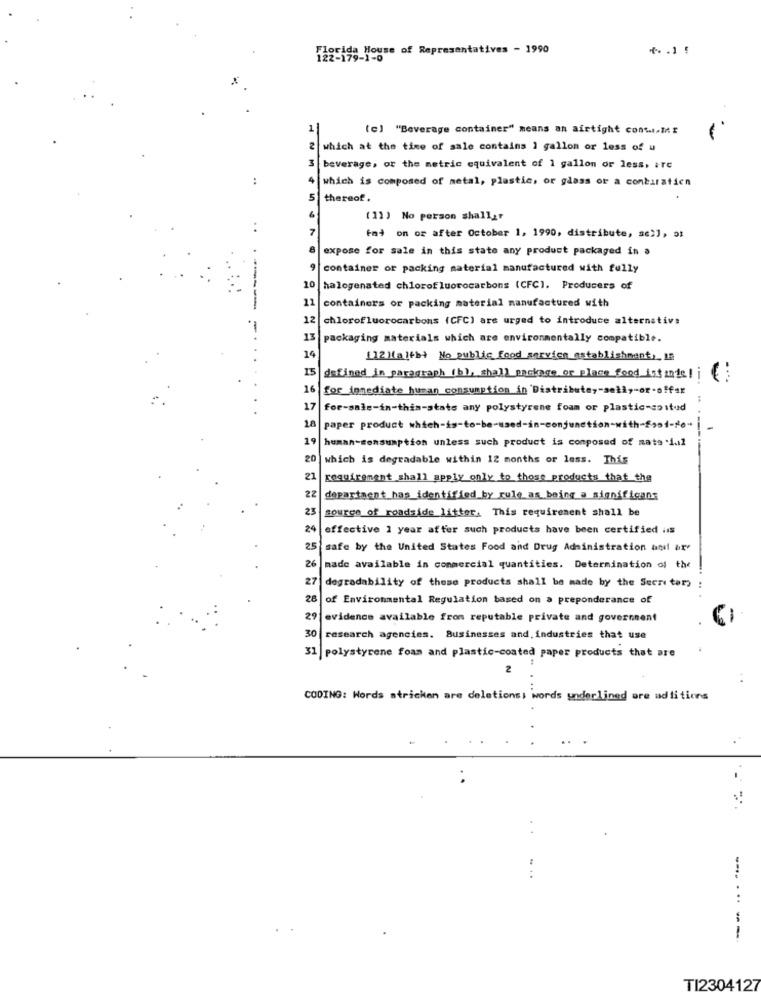
Tioside House of Representatives - 1990
(c) "Beverage container" means an airtight cont.ME
which at the time of sale contains 1 gallon or less of u
beverage, or the metric equivalent of 1 gallon or less, irc
..
which is composed of metal, plastic, or glass or a conbaraticn
thereof.
(11) No person shall_r
fai on or after October 1, 1990, distribute, se2], at
expose for sale in this state any product packaged in a
container of packing material manufactured with fully
10 halogenated chlorof luorocarbons (CFC]. Producers of
11 containers or packing material manufactured with
12 chlorofluorocarbons (CFC) are urged to introduce alternativ:
13 packaging materials which are environmentally compatible.
14
[12][a]+b) No public food service establishment ,, La
15
defined in paragraph (b), shall package or place food ist inde ! i
16
for immediate human consumption in Distribute ,- seti ,- or-offar
17 for-sale-in-this-stats any polystyrene foam or plastic-soitud
La
paper product which-is-to-be-used-in-conjunction-with-food-fo-
19
human-sonsumption unless such product is composed of mats ial
20
which is degradable within 12 months or less. This
21
requirement shall apply only to those products that the
22
department has identified_by rule as being a significans
source of roadside litter. This requirement shall be
24
effective 1 year after such products have been certified iis
25 safe by the United States Food and Drug Administration and ax
26
made available in commercial quantities. Determination of the
degradability of these products shall be made by the Secre tar :
28
of Environmental Regulation based on a preponderance of
29
evidence available from reputable private and government
30 research agencies. Businesses and, industries that use
31 | polystyrene foam and plastic-coated paper products that are
2
CODING: Words stricken are deletions; words underlined are additions
.--.
-------
TI2304127